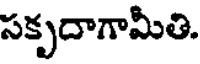
సకృదాగామీతి.